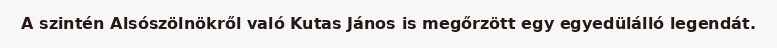
A szintén Alsószölnökről való Kutas János is megőrzött egy egyedülálló legendát.